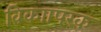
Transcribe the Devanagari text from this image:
विकाापरक